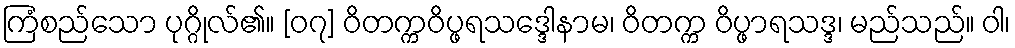
ကြံစည်သော ပုဂ္ဂိုလ်၏။ [၀၇] ဝိတက္ကဝိပ္ဖရသဒ္ဒေါနာမ၊ ဝိတက္က ဝိပ္ဖာရသဒ္ဒ၊ မည်သည်။ ဝါ၊